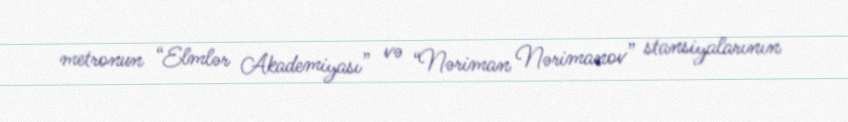
metronun “Elmlər Akademiyası” və “Nəriman Nərimanov” stansiyalarının